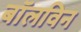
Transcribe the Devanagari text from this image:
बॉलविन